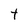
Character: t